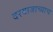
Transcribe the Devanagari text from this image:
दरवाजाच्याच